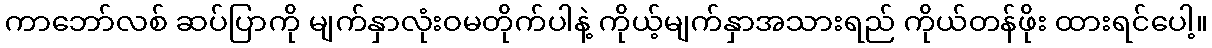
ကာဘော်လစ် ဆပ်ပြာကို မျက်နှာလုံးဝမတိုက်ပါနဲ့ ကိုယ့်မျက်နှာအသားရည် ကိုယ်တန်ဖိုး ထားရင်ပေါ့။